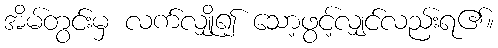
အိမ်တွင်းမှ လက်လျှို၍ သော့ဖွင့်လျှင်လည်းရ၏။